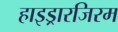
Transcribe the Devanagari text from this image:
हाइड्रारजिरम